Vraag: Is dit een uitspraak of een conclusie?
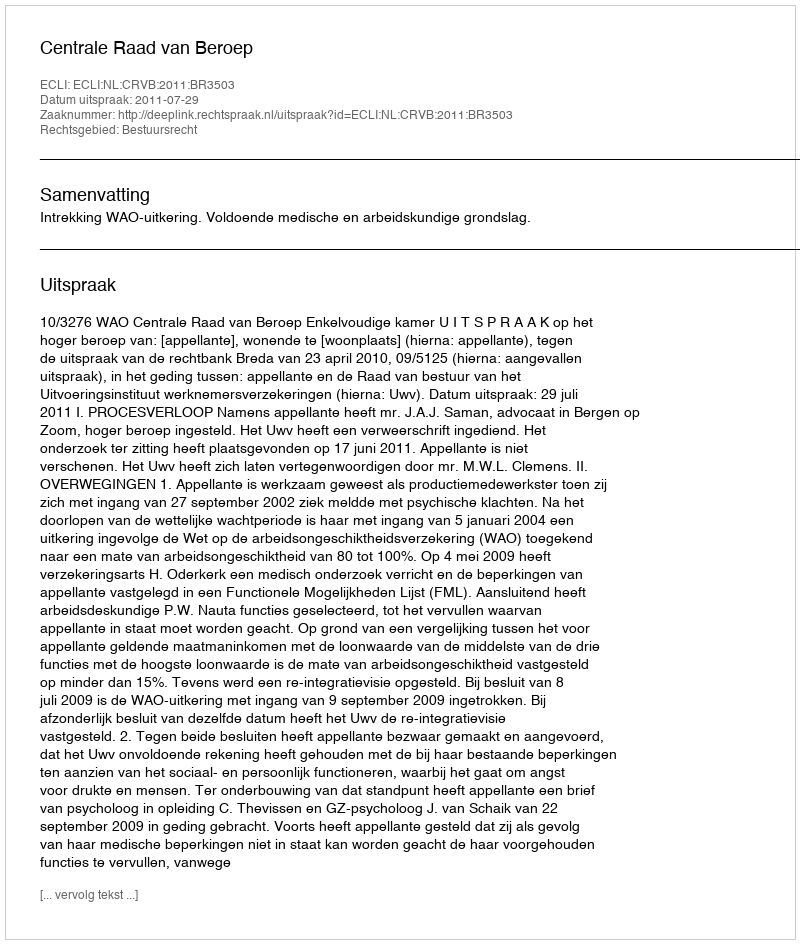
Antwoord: Uitspraak